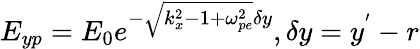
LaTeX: E_{yp}=E_{0}e^{-\sqrt{k_{x}^{2}-1+\omega_{pe}^{2}}\delta y},\delta y=y^{'}-r